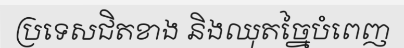
ប្រទេសជិតខាង និងឈុតច្នៃបំពេញ